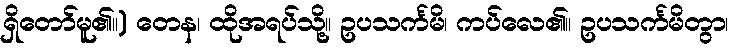
ရှိတော်မူ၏။) တေန၊ ထိုအရပ်သို့။ ဥပသင်္ကမိ၊ ကပ်လေ၏။ ဥပသင်္ကမိတွာ၊